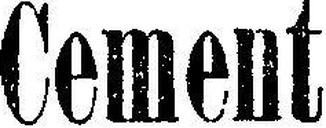
Cement